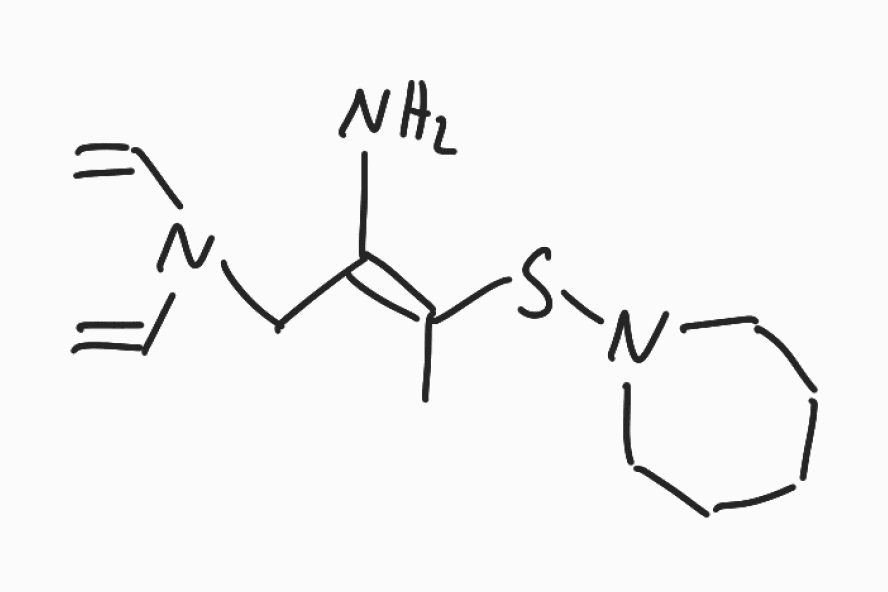
Simplified molecular-input line-entry system (SMILES) notation of the given molecule:
C/C(=C(\CN(C=C)C=C)/N)/SN1CCCCC1